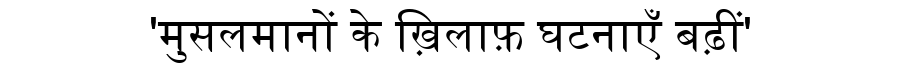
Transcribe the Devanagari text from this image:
'मुसलमानों के ख़िलाफ़ घटनाएँ बढ़ीं'